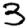
Digit: 3